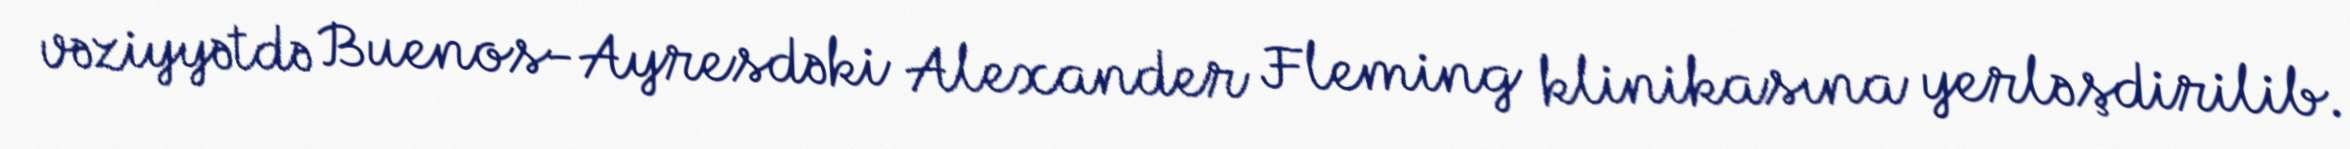
vəziyyətdə Buenos-Ayresdəki Alexander Fleming klinikasına yerləşdirilib.